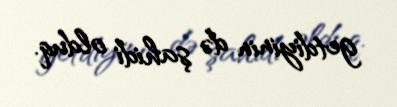
getdiyinin də şahidi olduq.